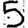
Digit: 5